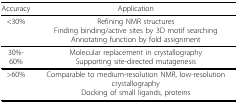
| Accuracy | Application |
 | --- | --- |
 | <30% | Refining NMR structuresFinding binding/active sites by 3D motif searchingAnnotating function by fold assignment |
 | 30%-60% | Molecular replacement in crystallographySupporting site-directed mutagenesis |
 | >60% | Comparable to medium-resolution NMR, low-resolution crystallographyDocking of small ligands, proteins |